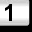
Digit: 1